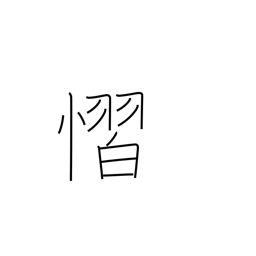
Meaning: fear